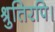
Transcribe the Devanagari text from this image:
श्रुतिरपि।